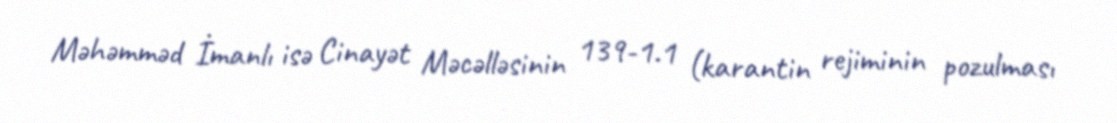
Məhəmməd İmanlı isə Cinayət Məcəlləsinin 139-1.1 (karantin rejiminin pozulması